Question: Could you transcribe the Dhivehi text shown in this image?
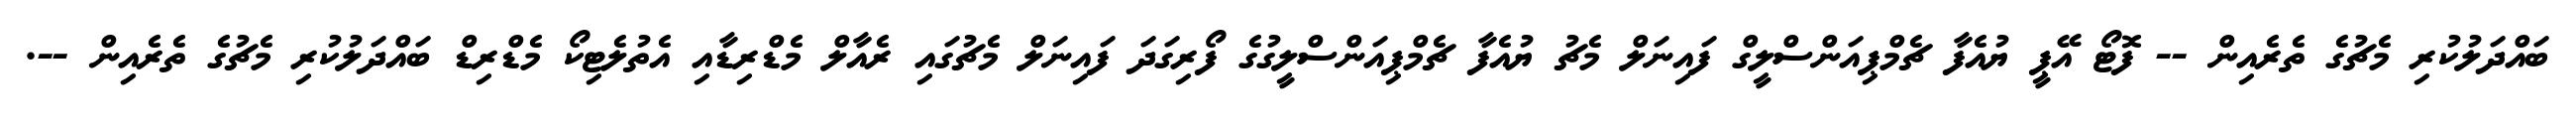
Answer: ބައްދަލުކުރި މެޗުގެ ތެރެއިން -- ފޮޓޯ އޭޕީ ޔުއެފާ ޗެމްޕިއަންސްލީގް ފައިނަލް މެޗު ޔުއެފާ ޗެމްޕިއަންސްލީގުގެ ފޯރިގަދަ ފައިނަލް މެޗުގައި ރެއާލް މެޑްރިޑާއި އެތުލެޓިކޯ މެޑްރިޑް ބައްދަލުކުރި މެޗުގެ ތެރެއިން --.